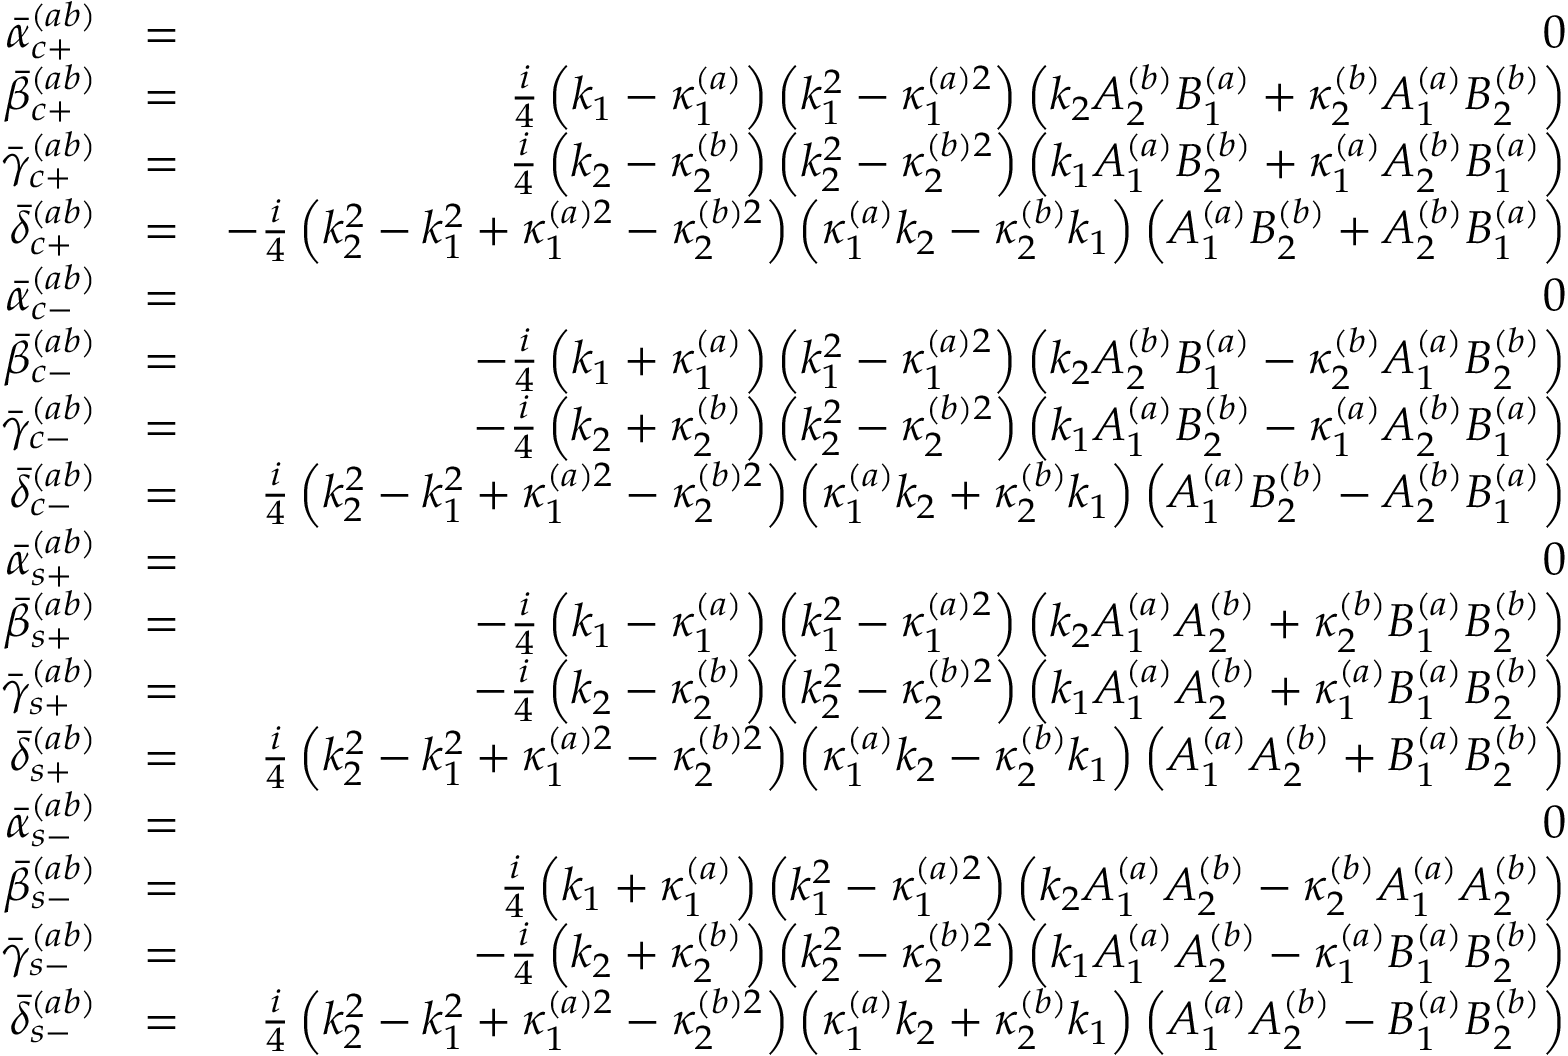
\begin{array} { r l r } { \bar { \alpha } _ { c + } ^ { ( a b ) } } & { = } & { 0 } \\ { \bar { \beta } _ { c + } ^ { ( a b ) } } & { = } & { \frac { i } { 4 } \left( k _ { 1 } - \kappa _ { 1 } ^ { ( a ) } \right) \left( k _ { 1 } ^ { 2 } - \kappa _ { 1 } ^ { ( a ) 2 } \right) \left( k _ { 2 } A _ { 2 } ^ { ( b ) } B _ { 1 } ^ { ( a ) } + \kappa _ { 2 } ^ { ( b ) } A _ { 1 } ^ { ( a ) } B _ { 2 } ^ { ( b ) } \right) } \\ { \bar { \gamma } _ { c + } ^ { ( a b ) } } & { = } & { \frac { i } { 4 } \left( k _ { 2 } - \kappa _ { 2 } ^ { ( b ) } \right) \left( k _ { 2 } ^ { 2 } - \kappa _ { 2 } ^ { ( b ) 2 } \right) \left( k _ { 1 } A _ { 1 } ^ { ( a ) } B _ { 2 } ^ { ( b ) } + \kappa _ { 1 } ^ { ( a ) } A _ { 2 } ^ { ( b ) } B _ { 1 } ^ { ( a ) } \right) } \\ { \bar { \delta } _ { c + } ^ { ( a b ) } } & { = } & { - \frac { i } { 4 } \left( k _ { 2 } ^ { 2 } - k _ { 1 } ^ { 2 } + \kappa _ { 1 } ^ { ( a ) 2 } - \kappa _ { 2 } ^ { ( b ) 2 } \right) \left( \kappa _ { 1 } ^ { ( a ) } k _ { 2 } - \kappa _ { 2 } ^ { ( b ) } k _ { 1 } \right) \left( A _ { 1 } ^ { ( a ) } B _ { 2 } ^ { ( b ) } + A _ { 2 } ^ { ( b ) } B _ { 1 } ^ { ( a ) } \right) } \\ { \bar { \alpha } _ { c - } ^ { ( a b ) } } & { = } & { 0 } \\ { \bar { \beta } _ { c - } ^ { ( a b ) } } & { = } & { - \frac { i } { 4 } \left( k _ { 1 } + \kappa _ { 1 } ^ { ( a ) } \right) \left( k _ { 1 } ^ { 2 } - \kappa _ { 1 } ^ { ( a ) 2 } \right) \left( k _ { 2 } A _ { 2 } ^ { ( b ) } B _ { 1 } ^ { ( a ) } - \kappa _ { 2 } ^ { ( b ) } A _ { 1 } ^ { ( a ) } B _ { 2 } ^ { ( b ) } \right) } \\ { \bar { \gamma } _ { c - } ^ { ( a b ) } } & { = } & { - \frac { i } { 4 } \left( k _ { 2 } + \kappa _ { 2 } ^ { ( b ) } \right) \left( k _ { 2 } ^ { 2 } - \kappa _ { 2 } ^ { ( b ) 2 } \right) \left( k _ { 1 } A _ { 1 } ^ { ( a ) } B _ { 2 } ^ { ( b ) } - \kappa _ { 1 } ^ { ( a ) } A _ { 2 } ^ { ( b ) } B _ { 1 } ^ { ( a ) } \right) } \\ { \bar { \delta } _ { c - } ^ { ( a b ) } } & { = } & { \frac { i } { 4 } \left( k _ { 2 } ^ { 2 } - k _ { 1 } ^ { 2 } + \kappa _ { 1 } ^ { ( a ) 2 } - \kappa _ { 2 } ^ { ( b ) 2 } \right) \left( \kappa _ { 1 } ^ { ( a ) } k _ { 2 } + \kappa _ { 2 } ^ { ( b ) } k _ { 1 } \right) \left( A _ { 1 } ^ { ( a ) } B _ { 2 } ^ { ( b ) } - A _ { 2 } ^ { ( b ) } B _ { 1 } ^ { ( a ) } \right) } \\ { \bar { \alpha } _ { s + } ^ { ( a b ) } } & { = } & { 0 } \\ { \bar { \beta } _ { s + } ^ { ( a b ) } } & { = } & { - \frac { i } { 4 } \left( k _ { 1 } - \kappa _ { 1 } ^ { ( a ) } \right) \left( k _ { 1 } ^ { 2 } - \kappa _ { 1 } ^ { ( a ) 2 } \right) \left( k _ { 2 } A _ { 1 } ^ { ( a ) } A _ { 2 } ^ { ( b ) } + \kappa _ { 2 } ^ { ( b ) } B _ { 1 } ^ { ( a ) } B _ { 2 } ^ { ( b ) } \right) } \\ { \bar { \gamma } _ { s + } ^ { ( a b ) } } & { = } & { - \frac { i } { 4 } \left( k _ { 2 } - \kappa _ { 2 } ^ { ( b ) } \right) \left( k _ { 2 } ^ { 2 } - \kappa _ { 2 } ^ { ( b ) 2 } \right) \left( k _ { 1 } A _ { 1 } ^ { ( a ) } A _ { 2 } ^ { ( b ) } + \kappa _ { 1 } ^ { ( a ) } B _ { 1 } ^ { ( a ) } B _ { 2 } ^ { ( b ) } \right) } \\ { \bar { \delta } _ { s + } ^ { ( a b ) } } & { = } & { \frac { i } { 4 } \left( k _ { 2 } ^ { 2 } - k _ { 1 } ^ { 2 } + \kappa _ { 1 } ^ { ( a ) 2 } - \kappa _ { 2 } ^ { ( b ) 2 } \right) \left( \kappa _ { 1 } ^ { ( a ) } k _ { 2 } - \kappa _ { 2 } ^ { ( b ) } k _ { 1 } \right) \left( A _ { 1 } ^ { ( a ) } A _ { 2 } ^ { ( b ) } + B _ { 1 } ^ { ( a ) } B _ { 2 } ^ { ( b ) } \right) } \\ { \bar { \alpha } _ { s - } ^ { ( a b ) } } & { = } & { 0 } \\ { \bar { \beta } _ { s - } ^ { ( a b ) } } & { = } & { \frac { i } { 4 } \left( k _ { 1 } + \kappa _ { 1 } ^ { ( a ) } \right) \left( k _ { 1 } ^ { 2 } - \kappa _ { 1 } ^ { ( a ) 2 } \right) \left( k _ { 2 } A _ { 1 } ^ { ( a ) } A _ { 2 } ^ { ( b ) } - \kappa _ { 2 } ^ { ( b ) } A _ { 1 } ^ { ( a ) } A _ { 2 } ^ { ( b ) } \right) } \\ { \bar { \gamma } _ { s - } ^ { ( a b ) } } & { = } & { - \frac { i } { 4 } \left( k _ { 2 } + \kappa _ { 2 } ^ { ( b ) } \right) \left( k _ { 2 } ^ { 2 } - \kappa _ { 2 } ^ { ( b ) 2 } \right) \left( k _ { 1 } A _ { 1 } ^ { ( a ) } A _ { 2 } ^ { ( b ) } - \kappa _ { 1 } ^ { ( a ) } B _ { 1 } ^ { ( a ) } B _ { 2 } ^ { ( b ) } \right) } \\ { \bar { \delta } _ { s - } ^ { ( a b ) } } & { = } & { \frac { i } { 4 } \left( k _ { 2 } ^ { 2 } - k _ { 1 } ^ { 2 } + \kappa _ { 1 } ^ { ( a ) 2 } - \kappa _ { 2 } ^ { ( b ) 2 } \right) \left( \kappa _ { 1 } ^ { ( a ) } k _ { 2 } + \kappa _ { 2 } ^ { ( b ) } k _ { 1 } \right) \left( A _ { 1 } ^ { ( a ) } A _ { 2 } ^ { ( b ) } - B _ { 1 } ^ { ( a ) } B _ { 2 } ^ { ( b ) } \right) } \end{array}